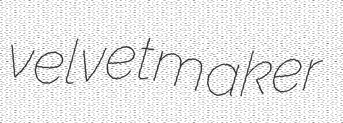
velvetmaker